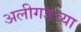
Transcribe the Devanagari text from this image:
अलीगडच्या